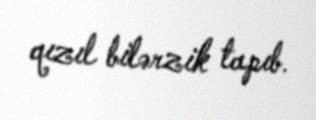
qızıl bilərzik tapıb.